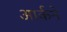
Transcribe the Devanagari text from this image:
आर्कने